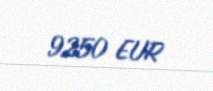
9250 EUR